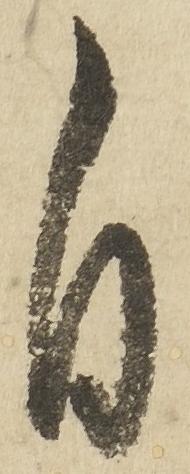
自